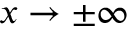
x \rightarrow \pm \infty